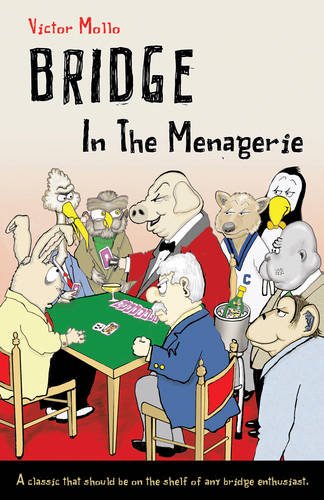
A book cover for Bridge in the Menagerie; Victor Mollo; Humor & Entertainment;